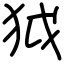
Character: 狘